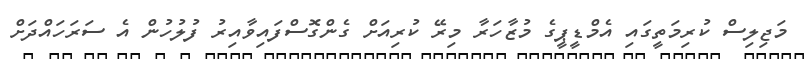
މަޖިލިސް ކުރިމަތީގައި އެމްޑީޕީގެ މުޒާހަރާ މިރޭ ކުރިއަށް ގެންގޮސްފައިވާއިރު ފުލުހުން އެ ސަރަހައްދަށް